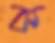
ক